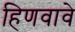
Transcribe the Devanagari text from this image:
हिणवावे